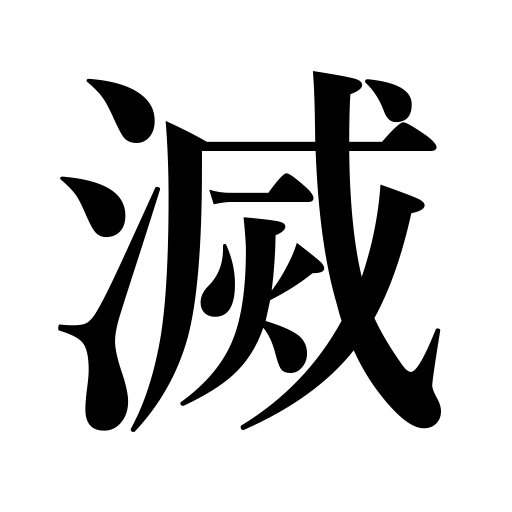
Meanings: ruin,be ruined,overthrow,perish,destroy